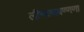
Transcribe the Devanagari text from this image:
लीनत्थवण्णणा